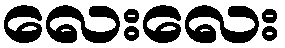
လေးလေး